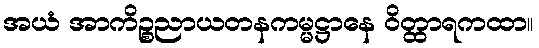
အယံ အာကိဉ္စညာယတနကမ္မဋ္ဌာနေ ဝိတ္ထာရကထာ။